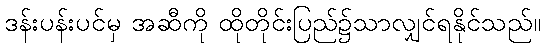
ဒန်းပန်းပင်မှ အဆီကို ထိုတိုင်းပြည်၌သာလျှင်ရနိုင်သည်။